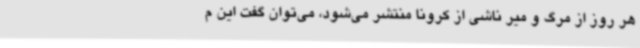
هر روز از مرگ و میر ناشی از کرونا منتشر می‌شود، می‌توان گفت این م